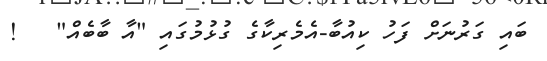
ބައި ގަރުނަށް ފަހު ކިއުބާ-އެމެރިކާގެ ގުޅުމުގައި "އާ ބާބެއް"   !